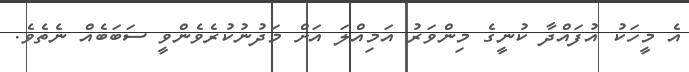
އެ މީހަކު އުފައްދާ ކުނީގެ މިންވަރު އަމިއްލަ އަށް މަދުނުކުރެވެންވީ ސަބަބެއް ނެތެވެ.